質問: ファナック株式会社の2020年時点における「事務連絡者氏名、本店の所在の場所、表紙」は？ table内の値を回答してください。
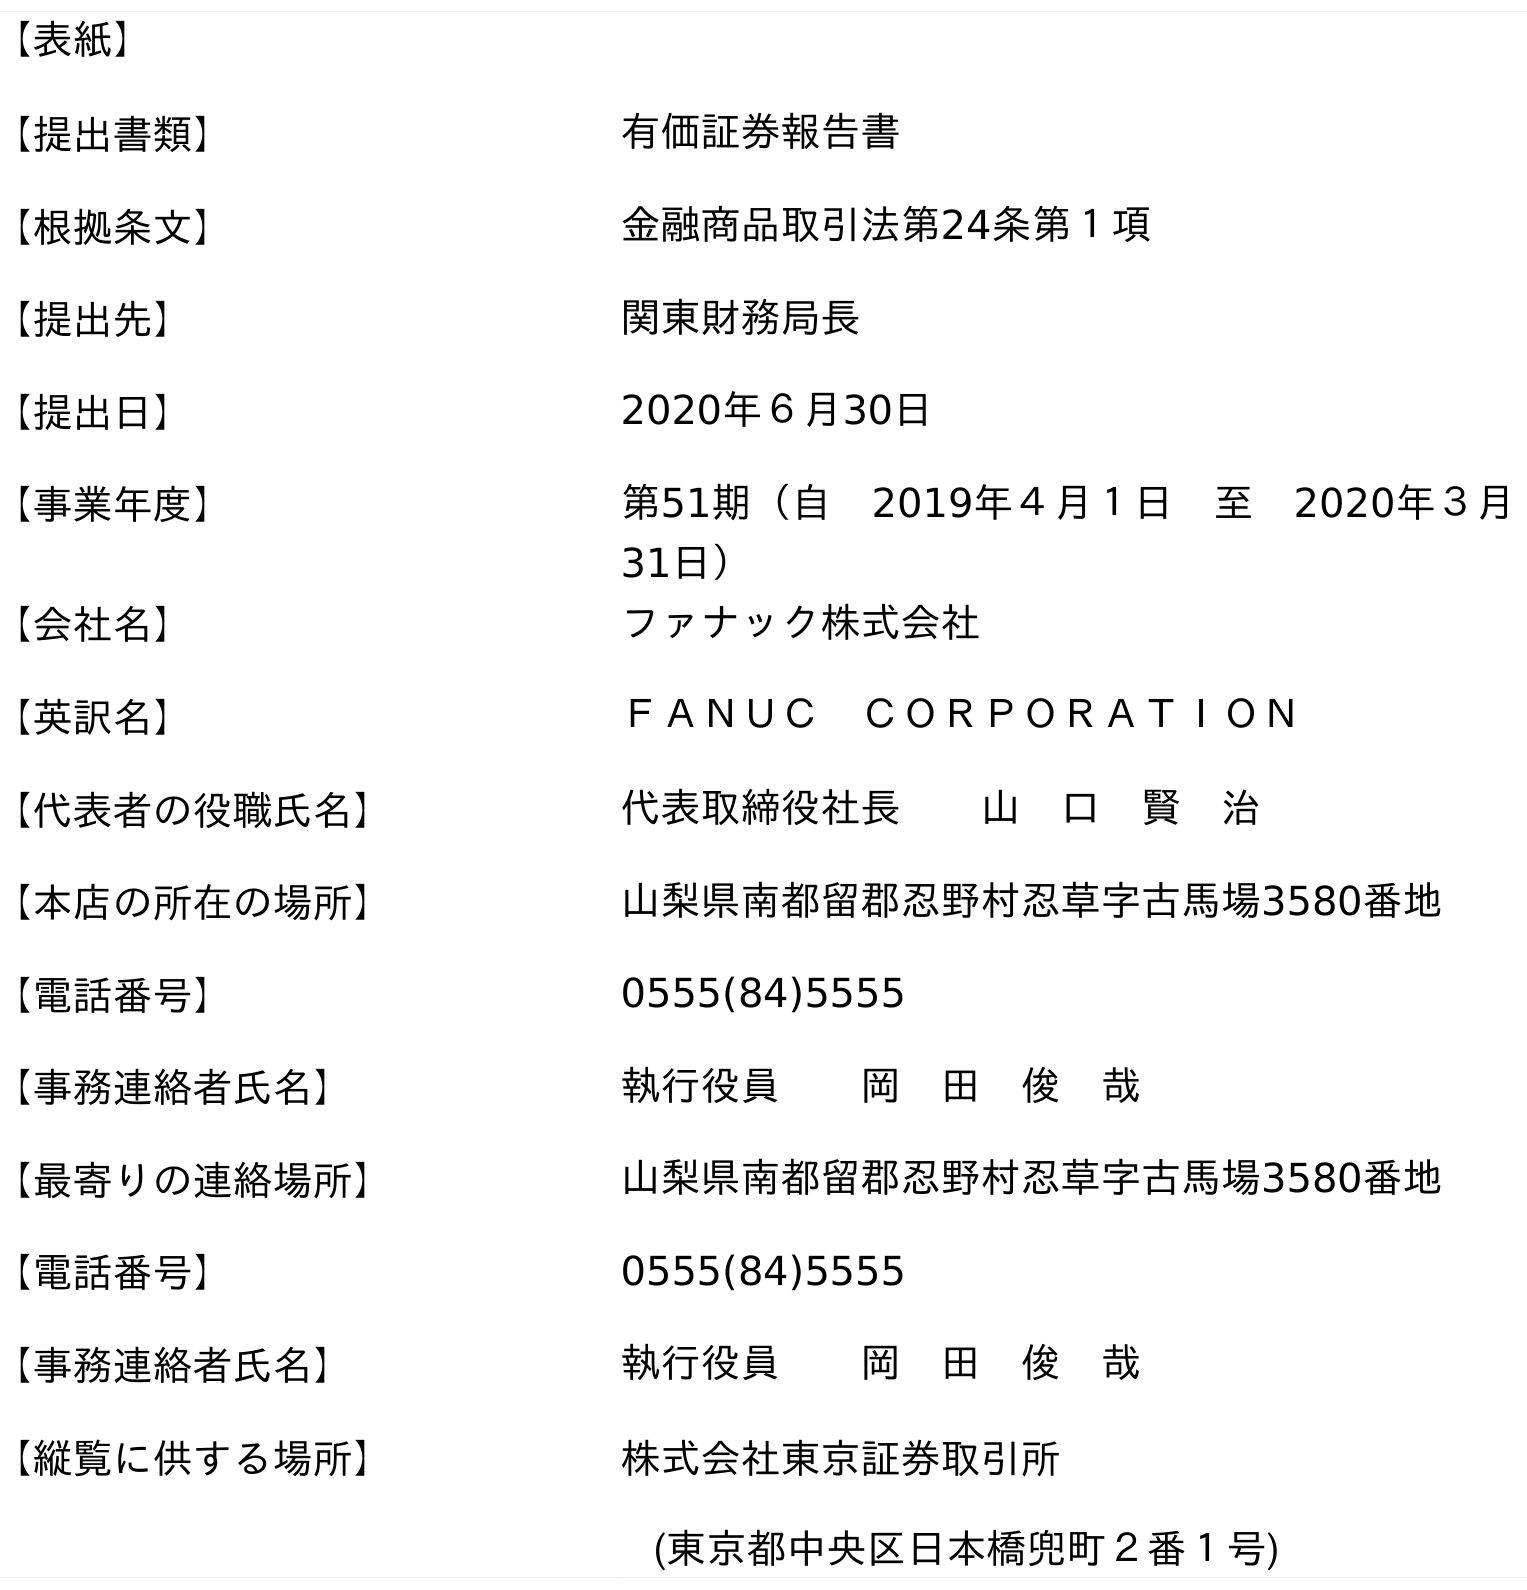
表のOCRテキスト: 【表紙】 【提出書類】 有価証券報告書 【根拠条文】 金融商品取引法第24条第１項 【提出先】 関東財務局長 【提出日】 2020年６月30日 【事業年度】 第51期（自 2019年４月１日 至 2020年３月 31日） 【会社名】 ファナック株式会社 【英訳名】 ＦＡＮＵＣ ＣＯＲＰＯＲＡＴＩＯＮ 【代表者の役職氏名】 代表取締役社長  山 口 賢 治 【本店の所在の場所】 山梨県南都留郡忍野村忍草字古馬場3580番地 【電話番号】 0555(84)5555 【事務連絡者氏名】 執行役員  岡 田 俊 哉 【最寄りの連絡場所】 山梨県南都留郡忍野村忍草字古馬場3580番地 【電話番号】 0555(84)5555 【事務連絡者氏名】 執行役員  岡 田 俊 哉 【縦覧に供する場所】 株式会社東京証券取引所 (東京都中央区日本橋兜町２番１号)
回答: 執行役員岡　田　俊　哉